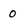
Character: 0